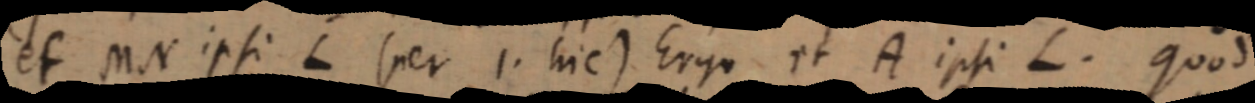
et MN ipsi L (per 1. hic) Ergo et A ipsi L. quod